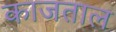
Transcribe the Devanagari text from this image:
काजताल